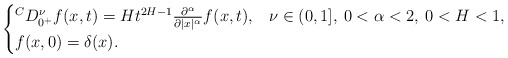
\begin{align*} \begin{cases} {}^C D_{0^+}^\nu f(x,t) = Ht^{2H-1} \frac{\partial^\alpha}{\partial |x|^\alpha} f(x,t), & \nu \in (0,1], \: 0<\alpha<2, \: 0<H< 1,\\ f(x,0)=\delta(x). \end{cases} \end{align*}